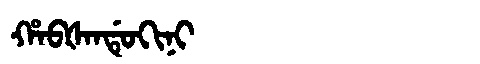
Manchu: ᡥᠠᠪᡧᠠᠨᡩᡠᡴᡳᠨᡳ
Romanization: HABŠANDUKINI